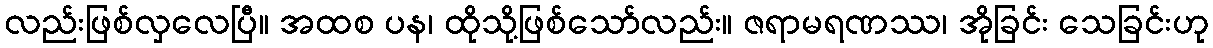
လည်းဖြစ်လှလေပြီ။ အထစ ပန၊ ထိုသို့ဖြစ်သော်လည်း။ ဇရာမရဏဿ၊ အိုခြင်း သေခြင်းဟု